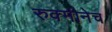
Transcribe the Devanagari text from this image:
रुक्मीनेच